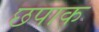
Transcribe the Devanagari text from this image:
छपाक